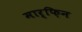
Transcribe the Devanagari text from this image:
मार्फ़िन